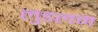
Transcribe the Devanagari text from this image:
लुडलम